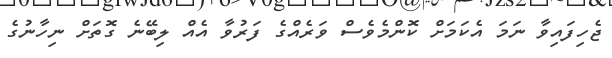
ޖެހިފައިވާ ނަމަ އެކަމަށް ކޮންމެވެސް ވަރެއްގެ ފަރުވާ އެއް ލިބޭނެ ގޮތަށް ނިހާނުގެ